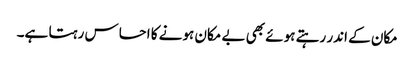
مکان کے اندر رہتے ہوئے بھی بے مکان ہونے کا احساس رہتا ہے۔